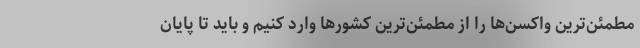
مطمئن‌ترین واکسن‌ها را از مطمئن‌ترین کشورها وارد کنیم و باید تا پایان